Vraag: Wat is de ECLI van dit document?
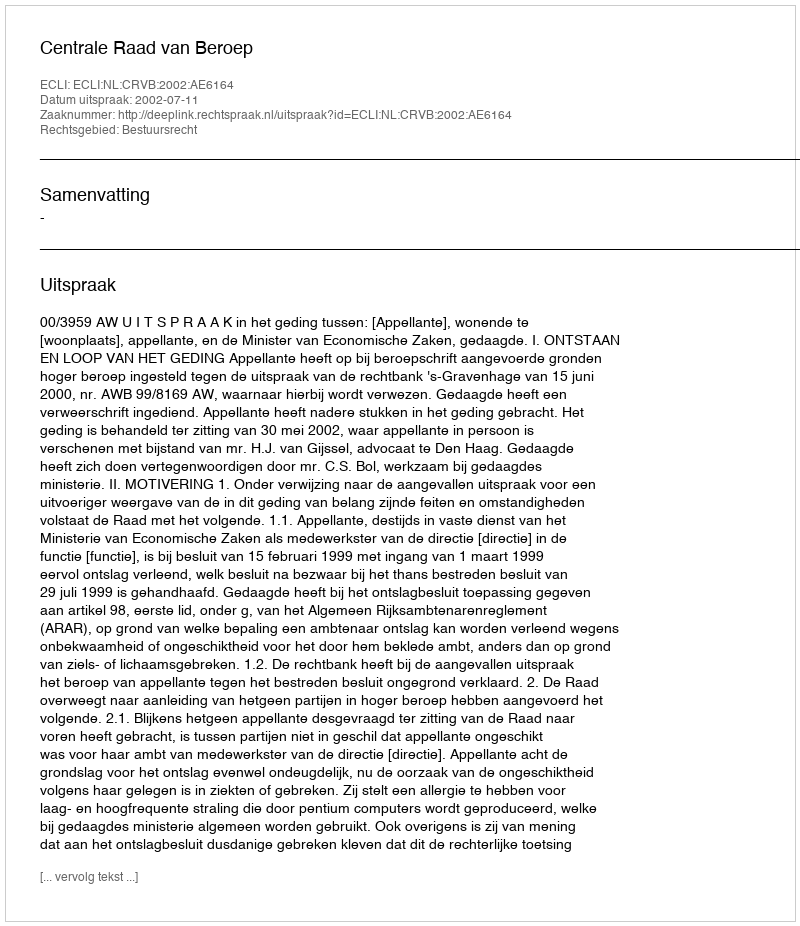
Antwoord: ECLI:NL:CRVB:2002:AE6164